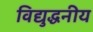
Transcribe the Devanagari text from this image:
विद्युद्धनीय